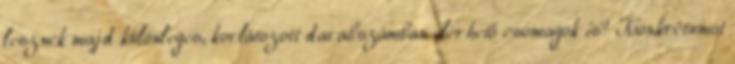
lesznek majd különleges, korlátozott darabszámban elérhető csomagok is? Konkrétumot